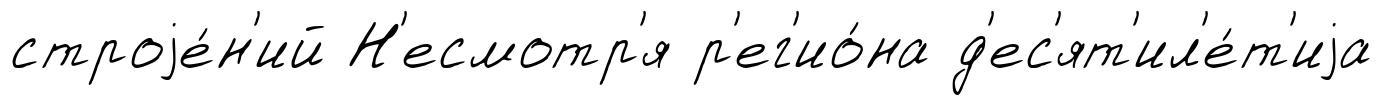
строjе́н'ий Н'есмотр'я р'ег'ио́на д'ес'ят'ил'е́т'иjа